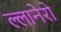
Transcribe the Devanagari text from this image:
ल्लानेरो